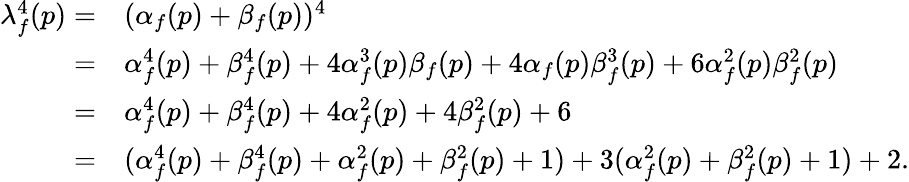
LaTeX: \begin{array}{rl}{\lambda_{f}^{4}(p)=}&{(\alpha_{f}(p)+\beta_{f}(p))^{4}}\\ {=}&{\alpha_{f}^{4}(p)+\beta_{f}^{4}(p)+4\alpha_{f}^{3}(p)\beta_{f}(p)+4\alpha_{f}(p)\beta_{f}^{3}(p)+6\alpha_{f}^{2}(p)\beta_{f}^{2}(p)}\\ {=}&{\alpha_{f}^{4}(p)+\beta_{f}^{4}(p)+4\alpha_{f}^{2}(p)+4\beta_{f}^{2}(p)+6}\\ {=}&{(\alpha_{f}^{4}(p)+\beta_{f}^{4}(p)+\alpha_{f}^{2}(p)+\beta_{f}^{2}(p)+1)+3(\alpha_{f}^{2}(p)+\beta_{f}^{2}(p)+1)+2.}\end{array}